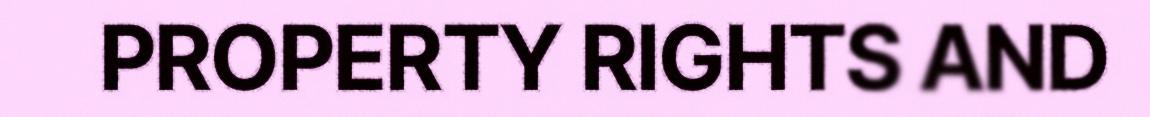
PROPERTY RIGHTS AND